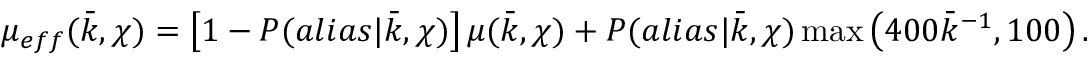
\mu _ { e f f } ( \bar { k } , \chi ) = \left[ 1 - P ( a l i a s | \bar { k } , \chi ) \right] \mu ( \bar { k } , \chi ) + P ( a l i a s | \bar { k } , \chi ) \operatorname* { m a x } \left( 4 0 0 \bar { k } ^ { - 1 } , 1 0 0 \right) .